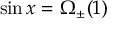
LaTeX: \sin x = \Omega _ { \pm } ( 1 )